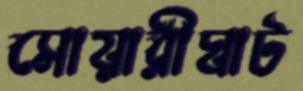
সোয়ারীঘাট